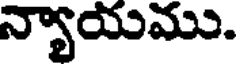
న్యాయము.